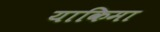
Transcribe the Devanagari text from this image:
याकिमा